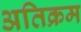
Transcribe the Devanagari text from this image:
अतिक्रम